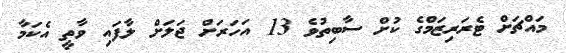
މައްޗަށް ޓެރަރިޒަމްގެ ކުށް ސާބިތުވެ 13 އަހަރަށް ޖަލަށް ލާފައި ވާތީ އެކަމާ